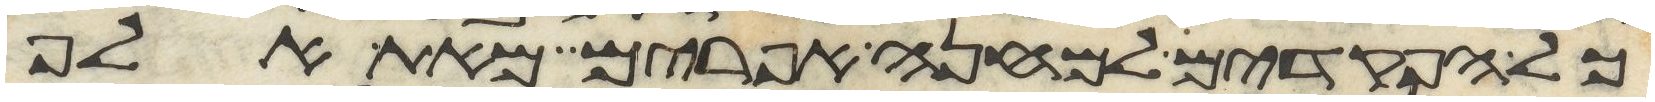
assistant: כל הפקדים למחנה אפרים מאת אלף